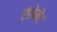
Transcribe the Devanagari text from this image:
एंडोमेंट